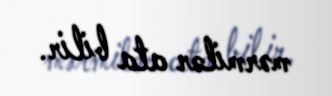
mərmilər ata bilir.